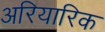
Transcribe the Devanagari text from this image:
अरियारिक